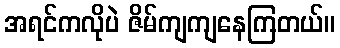
အရင်ကလိုပဲ ဇိမ်ကျကျနေကြတယ်။